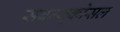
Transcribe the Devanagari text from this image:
सबम्‍यूकोसल